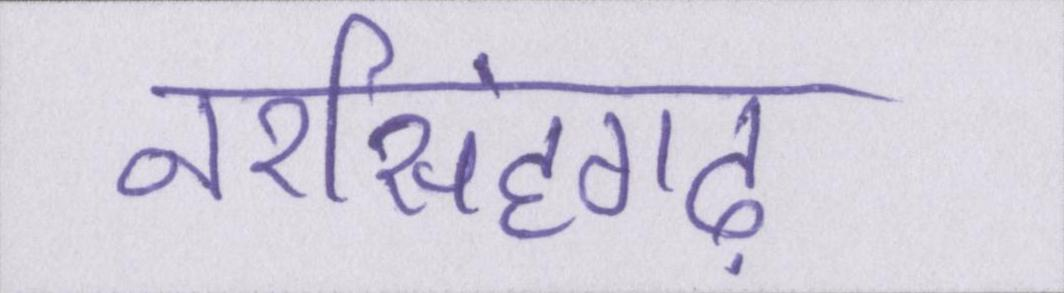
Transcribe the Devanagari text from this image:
नरसिंहगढ़